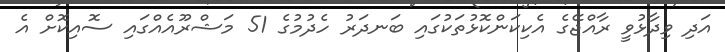
އަދި ވިދާޅުވީ ރާއްޖޭގެ އެކިކަންކޮޅުތަކުގައި ބަނދަރު ހެދުމުގެ 51 މަޝްރޫއެއްގައި ސޮއިކޮށް އެ